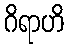
ဂိရာဟိ